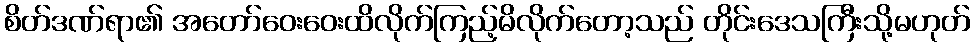
စိတ်ဒဏ်ရာ၏ အတော်ဝေးဝေးထိလိုက်ကြည့်မိလိုက်တော့သည် တိုင်းဒေသကြီးသို့မဟုတ်